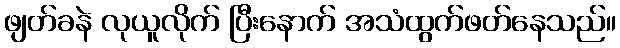
ဖျတ်ခနဲ လုယူလိုက် ပြီးနောက် အသံထွက်ဖတ်နေသည်။